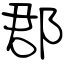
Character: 郡